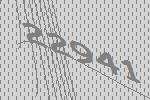
22941